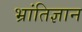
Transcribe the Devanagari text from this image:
भ्रांतिज्ञान